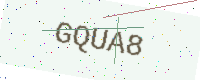
Text: GQUA8